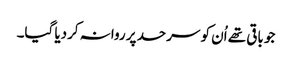
جو باقی تھے اُن کو سرحد پر روانہ کردیا گیا۔